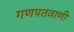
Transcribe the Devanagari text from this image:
गणपतवाणी